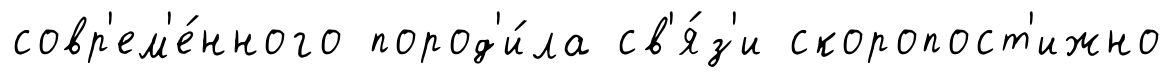
совр'ем'е́нного пород'и́ла св'я́з'и скоропост'ижно